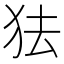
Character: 㹤